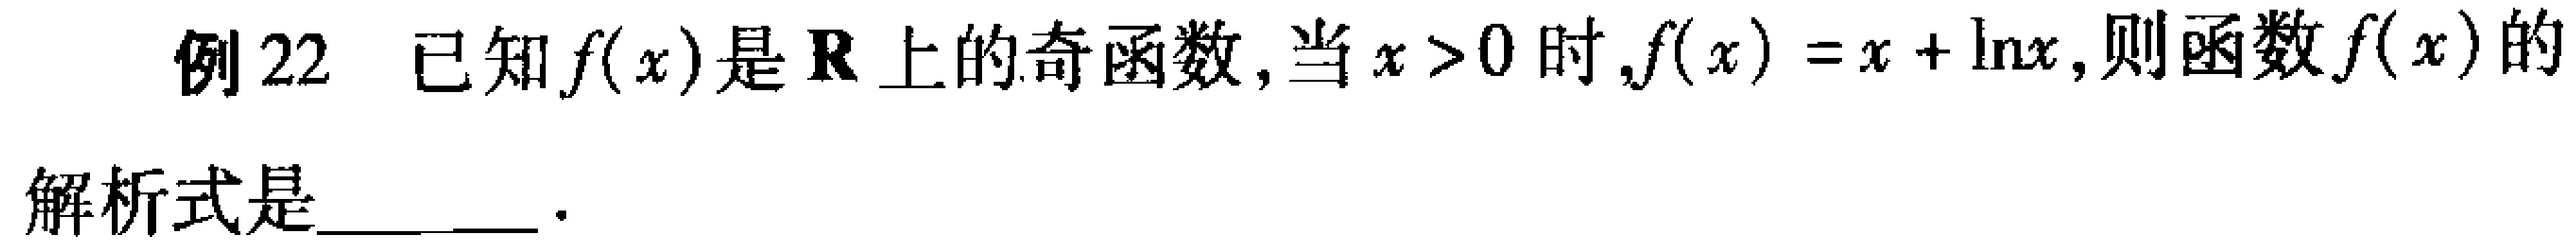
例22 已知\(f(x)\)是\(\mathbf{R}\)上的奇函数，当\(x > 0\)时，\(f(x)=x + \ln x\)，则函数\(f(x)\)的

解析式是  。